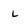
Character: L